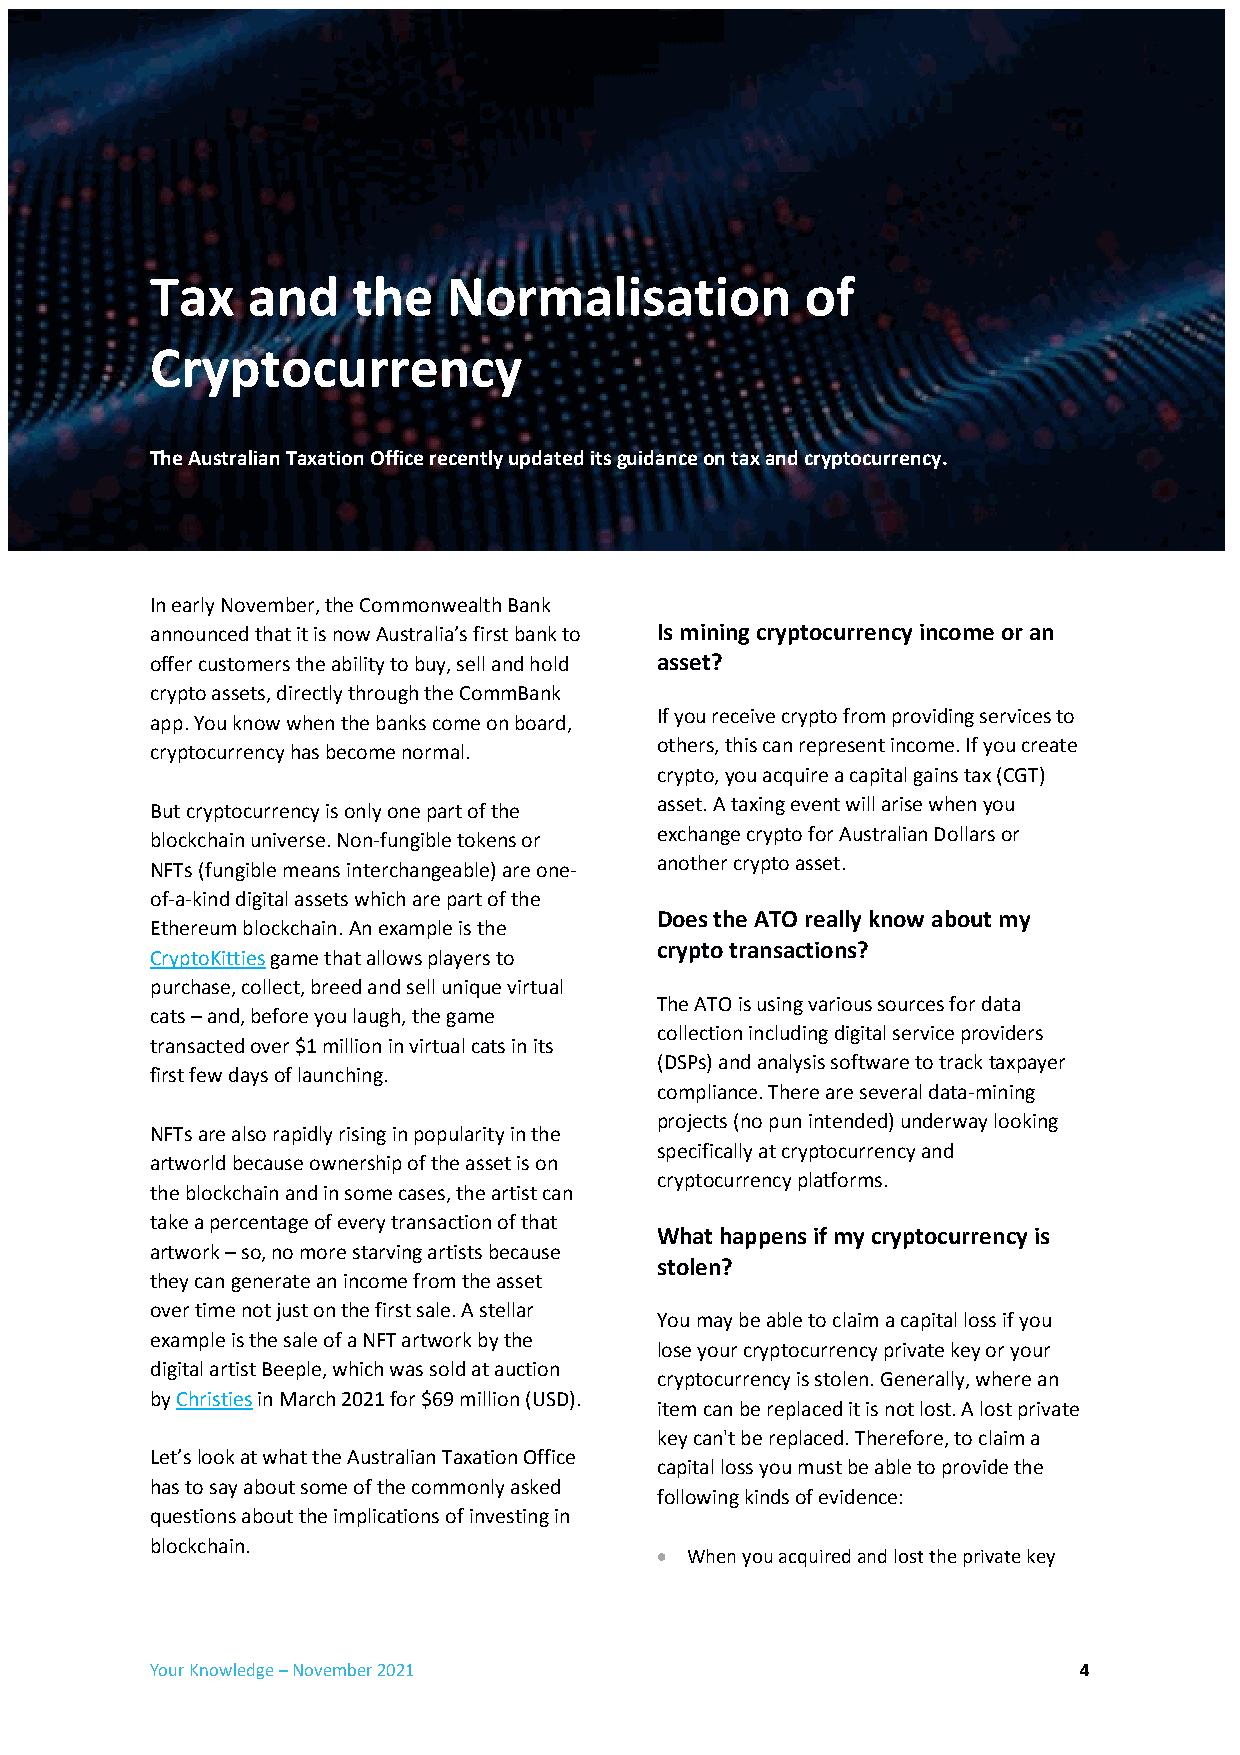
Tax   and    the    Normalisation          of
 Cryptocurrency
 The Australian Taxation Office recently updated its guidance on tax and cryptocurrency.
 In early November, the Commonwealth Bank
 announced that it is now Australia’s first bank to Is mining cryptocurrency income or an
 offer customers the ability to buy, sell and hold asset?
 crypto assets, directly through the CommBank
 If you receive crypto from providing services to
 app. You know when the banks come on board,
 others, this can represent income. If you create
 cryptocurrency has become normal.
 crypto, you acquire a capital gains tax (CGT)
 asset. A taxing event will arise when you
 But cryptocurrency is only one part of the
 exchange crypto for Australian Dollars or
 blockchain universe. Non-fungible tokens or
 another crypto asset.
 NFTs (fungible means interchangeable) are one-
 of-a-kind digital assets which are part of the
 Does the ATO really know about my
 Ethereum blockchain. An example is the
 crypto transactions?
 CryptoKitties game that allows players to
 purchase, collect, breed and sell unique virtual
 The ATO is using various sources for data
 cats – and, before you laugh, the game
 collection including digital service providers
 transacted over $1 million in virtual cats in its
 (DSPs) and analysis software to track taxpayer
 first few days of launching.
 compliance. There are several data-mining
 projects (no pun intended) underway looking
 NFTs are also rapidly rising in popularity in the
 specifically at cryptocurrency and
 artworld because ownership of the asset is on
 cryptocurrency platforms.
 the blockchain and in some cases, the artist can
 take a percentage of every transaction of that
 What happens if my cryptocurrency is
 artwork – so, no more starving artists because
 stolen?
 they can generate an income from the asset
 over time not just on the first sale. A stellar
 You may be able to claim a capital loss if you
 example is the sale of a NFT artwork by the
 lose your cryptocurrency private key or your
 digital artist Beeple, which was sold at auction
 cryptocurrency is stolen. Generally, where an
 by Christies in March 2021 for $69 million (USD).
 item can be replaced it is not lost. A lost private
 key can't be replaced. Therefore, to claim a
 Let’s look at what the Australian Taxation Office
 capital loss you must be able to provide the
 has to say about some of the commonly asked
 following kinds of evidence:
 questions about the implications of investing in
 blockchain.
  When you acquired and lost the private key
 Your Knowledge – November 2021                                4